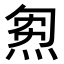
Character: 𤊝